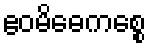
ဧဝမိဓေကစ္စေ